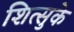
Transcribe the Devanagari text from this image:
शित्सुके